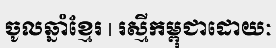
ចូលឆ្នាំខ្មែរ | រស្មីកម្ពុជាដោយៈ